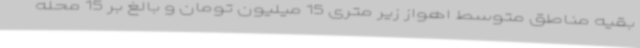
بقیه مناطق متوسط اهواز زیر متری 15 میلیون تومان و بالغ بر 15 محله